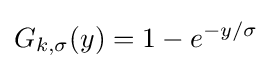
G_{k,\sigma }(y)=1-e^{-y/\sigma }